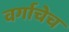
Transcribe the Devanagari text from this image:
वर्गाचेच